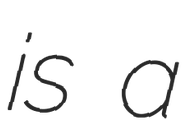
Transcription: is a